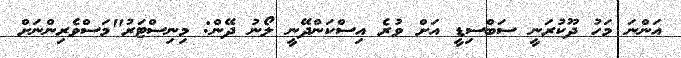
އަންނަ މަހު ދޫކުރަނީ ސަބްސިޑީ އަށް ވުރެ އިސްކަންދޭނީ ލޯނު ދޭން: މިނިސްޓަރު"މަސްވެރިންނަށް